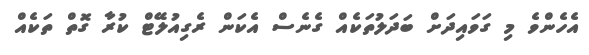
އެހެންވެ މި ގަވައިދަށް ބަދަލުތަކެއް ގެނެސް އެކަން ރެގިއުލޭޓް ކުރާ ގޮތް ތަކެއް